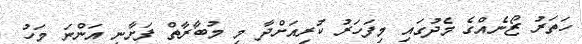
ހަތަރު ޒޯނެއްގެ މެދުގައި މިފަހަރު ކުރިއަށްދާ މި މުބާރާތް ފަށާނީ އަންނަ މަހު